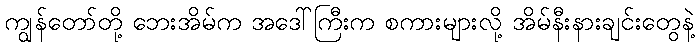
ကျွန်တော်တို့ ဘေးအိမ်က အဒေါ်ကြီးက စကားများလို့ အိမ်နီးနားချင်းတွေနဲ့